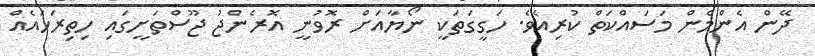
ދޭން އެންމެން މަސައްކަތް ކުރިއެވެ. ހަގީގަތަކީ ނޯޔާއަށް ރޮވުނީ އޮރެންޖު ޖޫސްތަށީގައި ހިތިރަހައެއް